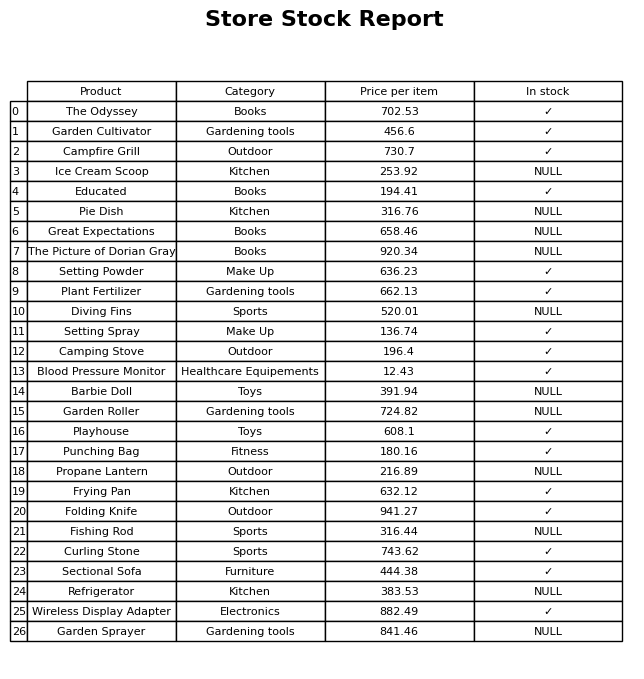
question: Is the Garden Sprayer in stock?
answer: NULL